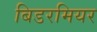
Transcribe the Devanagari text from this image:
बिडरमियर